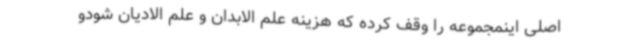
اصلی اینمجموعه را وقف کرده که هزینه علم الابدان و علم الادیان شودو